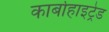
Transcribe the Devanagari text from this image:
कार्बोहाइट्रेड